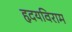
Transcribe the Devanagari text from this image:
हृदयविराम